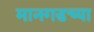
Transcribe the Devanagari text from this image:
मानगडच्या